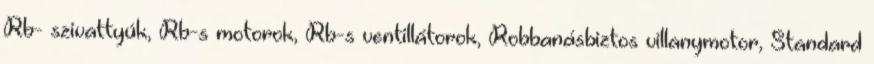
Rb- szivattyúk, Rb-s motorok, Rb-s ventillátorok, Robbanásbiztos villanymotor, Standard